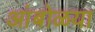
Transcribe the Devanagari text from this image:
आंबोळया